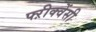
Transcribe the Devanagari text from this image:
फ्ऱीक्वेंसी